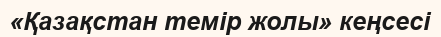
«Қазақстан темір жолы» кеңсесі